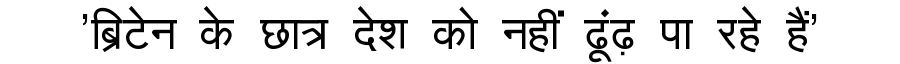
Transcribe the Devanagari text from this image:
'ब्रिटेन के छात्र देश को नहीं ढूंढ़ पा रहे हैं'